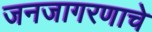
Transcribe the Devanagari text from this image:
जनजागरणाचे